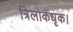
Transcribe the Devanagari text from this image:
त्रिलोकधृक।